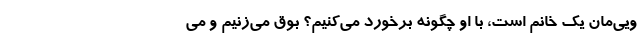
ویی‌مان یک خانم است، با او چگونه برخورد می‌کنیم؟ بوق می‌زنیم و می